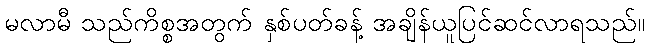
မလာမီ သည်ကိစ္စအတွက် နှစ်ပတ်ခန့် အချိန်ယူပြင်ဆင်လာရသည်။